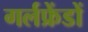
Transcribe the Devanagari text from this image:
गर्लफ्रेंडों